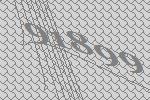
91899